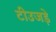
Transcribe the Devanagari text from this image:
टीउजड़े